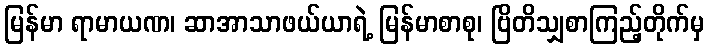
မြန်မာ ရာမာယဏ၊ ဆာအာသာဖယ်ယာရဲ့ မြန်မာစာစု၊ ဗြိတိသျှစာကြည့်တိုက်မှ